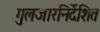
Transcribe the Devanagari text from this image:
गुलजारनिर्देशित